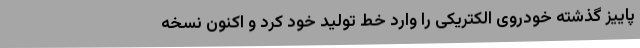
پاییز گذشته خودروی الکتریکی را وارد خط تولید خود کرد و اکنون نسخه